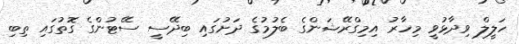
ހަލީލް ވިދާޅުވީ މިހާރު އިމިގްރޭޝަންގެ ބެލުމުގެ ދަށުގައި ބިދޭސީ ސޭޓުންގެ ގޮތުގައި ތިބި